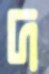
দ